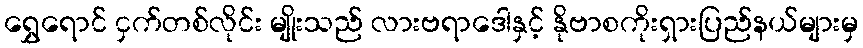
ရွှေရောင် ငှက်တစ်လိုင်း မျိုးသည် လားဗရာဒေါနှင့် နိုဗာစကိုးရှားပြည်နယ်များမှ